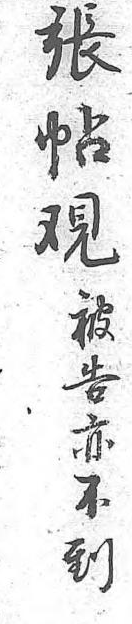
張被帖告覌亦 不 到